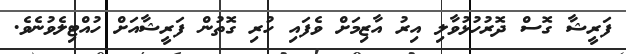
ފަރީޝާ ގޮސް ދޮރުހުޅުވާލި އިރު އާޒިމަށް ވެފައި ހުރި ގޮތުން ފަރީޝާއަށް ހުއްޓިލެވުނެވެ.